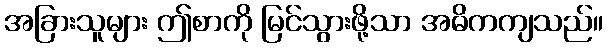
အခြားသူများ ဤစာကို မြင်သွားဖို့သာ အဓိကကျသည်။